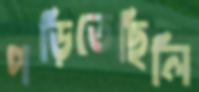
পড়িতেছিলি